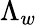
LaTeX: \Lambda_{w}